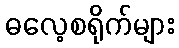
ဓလေ့စရိုက်များ